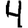
Digit: 4